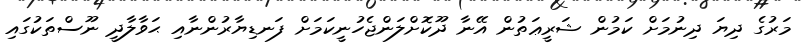
މަރުގެ ދިޔަ ދިނުމަށް ކަމުން ޝަރީޢަތުން އޭނާ ދޫކޮށްލަންޖެހުނީކަމަށް ފަނޑިޔާރުންނާއި ޙަވާލާދީ ނޫސްތަކުގައި